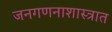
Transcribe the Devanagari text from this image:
जनगणनाशास्त्रात